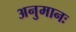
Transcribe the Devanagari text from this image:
अनुमानः